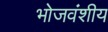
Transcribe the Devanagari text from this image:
भोजवंशीय